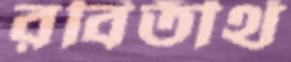
রবিতীর্থ